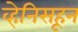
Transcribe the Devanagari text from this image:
व्हेनिसहून